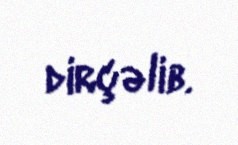
dirçəlib.